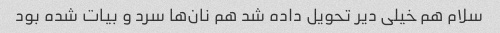
سلام هم خیلی دیر تحویل داده شد هم نان‌ها سرد و بیات شده بود